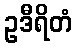
ဥဒီရိတံ